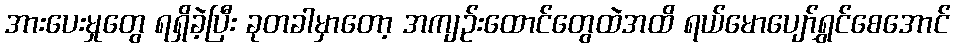
အားပေးမှုတွေ ရရှိခဲ့ပြီး ခုတခါမှာတော့ အကျဉ်းထောင်တွေထဲအထိ ရယ်မောပျော်ရွှင်စေအောင်